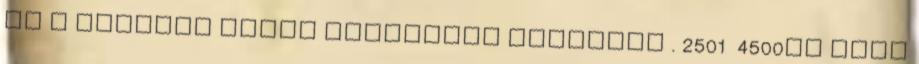
be a háborúk során leginkább tábornok . 2501 4500xp Ezek